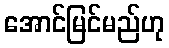
အောင်မြင်မည်ဟု